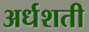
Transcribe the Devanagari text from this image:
अर्धशती